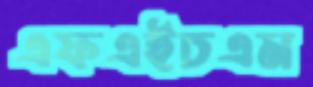
এফএইচএম